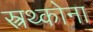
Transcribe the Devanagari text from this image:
स्त्रथ्कोना